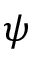
\psi